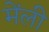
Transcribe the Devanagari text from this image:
मेंली